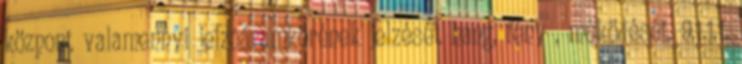
központ valamennyi jelzõáramkörének jelzését hang, fény , mûködését. 9.1.1.1.